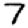
Digit: 7